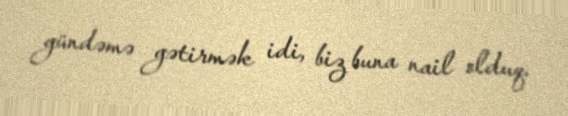
gündəmə gətirmək idi, biz buna nail olduq.